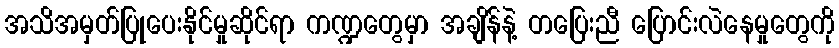
အသိအမှတ်ပြုပေးနိုင်မှုဆိုင်ရာ ကဏ္ဍတွေမှာ အချိန်နဲ့ တပြေးညီ ပြောင်းလဲနေမှုတွေကို